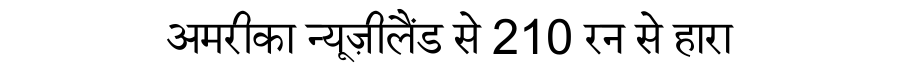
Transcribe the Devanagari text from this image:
अमरीका न्यूज़ीलैंड से 210 रन से हारा